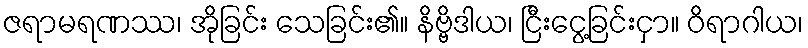
ဇရာမရဏဿ၊ အိုခြင်း သေခြင်း၏။ နိဗ္ဗိဒါယ၊ ငြီးငွေ့ခြင်းငှာ။ ဝိရာဂါယ၊